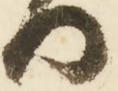
御